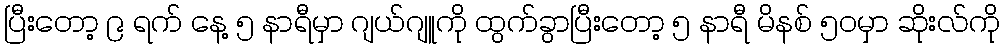
ပြီးတော့ ၉ ရက် နေ့ ၅ နာရီမှာ ဂျယ်ဂျူကို ထွက်ခွာပြီးတော့ ၅ နာရီ မိနစ် ၅၀မှာ ဆိုးလ်ကို